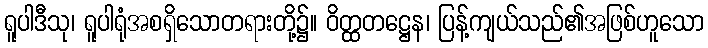
ရူပါဒီသု၊ ရူပါရုံအစရှိသောတရားတို့၌။ ဝိတ္ထတဋ္ဌေန၊ ပြန့်ကျယ်သည်၏အဖြစ်ဟူသော